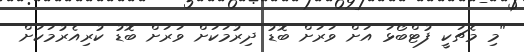
"މި މެޗަކީ ފުޓްބޯޅަ އަށް ވަރަށް ބޮޑު ދިރުމަކަށް ވަރަށް ބޮޑު ކުރިއެރުމަކަށް